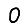
Digit: 0